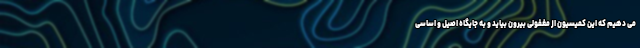
می دهیم که این کمیسیون از مغفولی بیرون بیاید و به جایگاه اصیل و اساسی